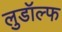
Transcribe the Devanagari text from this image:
लुडॉल्फ